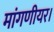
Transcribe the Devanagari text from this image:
मांगणीयर।